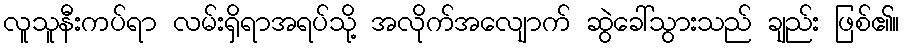
လူသူနီးကပ်ရာ လမ်းရှိရာအရပ်သို့ အလိုက်အလျောက် ဆွဲခေါ်သွားသည် ချည်း ဖြစ်၏။